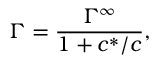
\Gamma = \frac { \Gamma ^ { \infty } } { 1 + c ^ { * } / c } ,